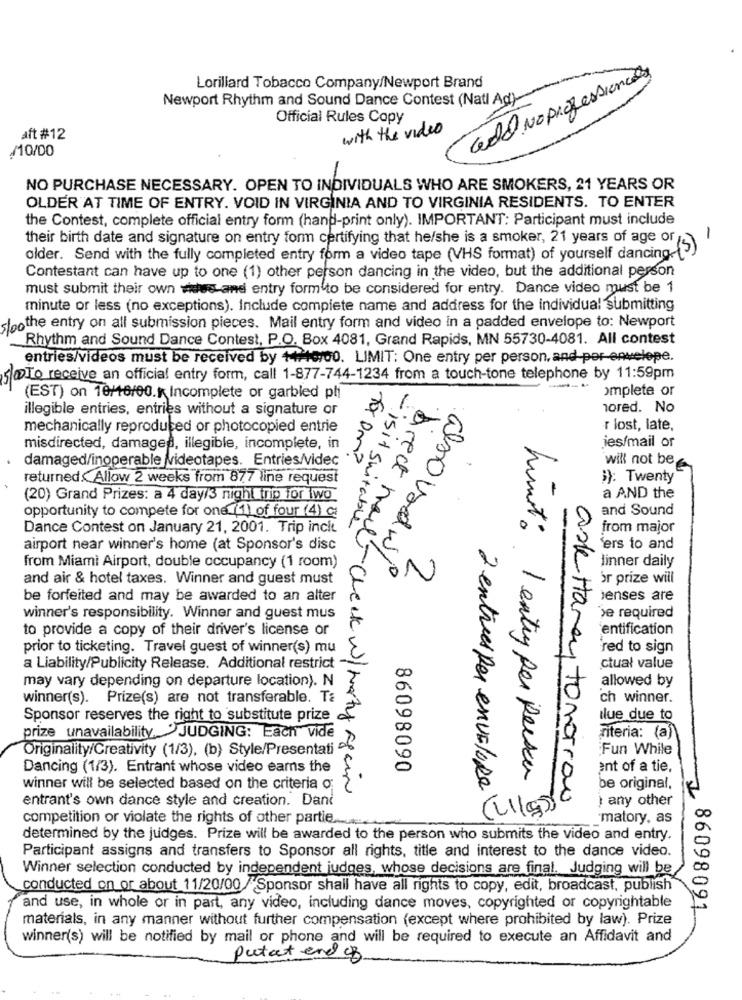
Lorillard Tobacco Company/Newport Brand
Newport Rhythm and Sound Dance Contest (Natl Ad)-
Official Rules Copy
with the video
aft #12
/10/00
-
NO PURCHASE NECESSARY. OPEN TO INDIVIDUALS WHO ARE SMOKERS, 21 YEARS OR
OLDER AT TIME OF ENTRY. VOID IN VIRGINIA AND TO VIRGINIA RESIDENTS. TO ENTER
the Contest, complete official entry form (hand-print only). IMPORTANT: Participant must include
their birth date and signature on entry form certifying that he/she is a smoker, 21 years of age of /
-
older. Send with the fully completed entry form a video tape (VHS format) of yourself dancing-(3)
Contestant can have up to one (1) other person dancing in the video, but the additional person
must submit their own wies-and entry form to be considered for entry. Dance video must be 1
minute or less (no exceptions). Include complete name and address for the individual submitting
sloo the entry on all submission pieces. Mail entry form and video in a padded envelope to: Newport
Rhythm and Sound Dance Contest, P.O. Box 4081, Grand Rapids, MN 55730-4081. All contest
entries/videos must be received by +4/40100. LIMIT: One entry per person, and-per-envelope.
500To receive an official entry form, call 1-877-744-1234 from a touch-tone telephone by 11:59pm
-..
omplete or
(EST) on 18/16/00. Incomplete or garbled pli
illegible entries, entries without a signature or
ored. No
mechanically reproduced or photocopied entrie
r lost, late,
jes/mail or
misdirected, damaged, illegible, incomplete, in
damaged/inoperable Videotapes. Entries/videc
for Dm?
will not be
returned‹ Allow 2 weeks from 877 line request
;): Twenty
irect n
(20) Grand Prizes: a 4 day/3 night trip for wo
a AND the
and Sound
opportunity to compete for one (1) of four (4) ca
Dance Contest on January 21, 2001. Trip incl
-isit suitable
from major
airport near winner's home (at Sponsor's disc
'ers to and
also vadw/
linner daily
from Miami Airport, double occupancy (1 room)
and air & hotel taxes. Winner and guest must
or prize will
be forfeited and may be awarded to an alter
ienses are
›e required
winner's responsibility. Winner and guest mus
to provide a copy of their driver's license or
entification
prior to ticketing. Travel guest of winner(s) mu
red to sign
a Liability/Publicity Release. Additional restrict
ctual value
may vary depending on departure location). N
allowed by
winner(s). Prize(s) are not transferable. Ta
ch winner.
Sponsor reserves the right to substitute prize
Ilue due to
riteria: (a)
prize unavailability, JUDGING: Each vide
Originality/Creativity (1/3), (b) Style/Presentati
Fun While
Dancing (1/3). Entrant whose video earns the
86098090
ent of a tie,
Limit : 1 entry per person
winner will be selected based on the criteria o
- Check w / marty again
be original,
entrant's own dance style and creation. Dani
) any other
2 entrees per envelope
Caskettaray tomorrow
competition or violate the rights of other partie.
matory, as
determined by the judges. Prize will be awarded to the person who submits the video and entry.
Participant assigns and transfers to Sponsor all rights, title and interest to the dance video.
Winner selection conducted by independent judges, whose decisions are final. Judging will be
conducted on or about 11/20/00 / Sponsor shall have all rights to copy, edit, broadcast, publish
and use, in whole or in part, any video, including dance moves, copyrighted or copyrightable
materials, in any manner without further compensation (except where prohibited by law). Prize
86098091
winner(s) will be notified by mail or phone and will be required to execute an Affidavit and
putat end of